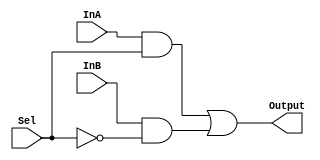
module mux2_1b(Output, InA, InB, Sel);
	output Output;
	input InA,InB, Sel;
	wire T1, T2;
	and u1(T1, InA, Sel);
	and u2(T2, InB, ~Sel);
	or  u3(Output, T1, T2);
endmodule